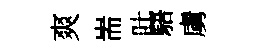
爽耑吐䮏虜